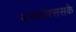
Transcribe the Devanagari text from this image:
पाराडोक्ससके